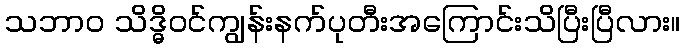
သဘာ၀ သိဒ္ဓိဝင်ကျွန်းနက်ပုတီးအကြောင်းသိပြီးပြီလား။